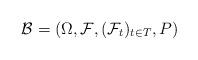
LaTeX: \begin{align*}\mathcal B =(\Omega , {\mathcal F}, ({\mathcal F}_t)_{t\in {T}},P)\end{align*}